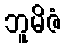
ဘူမိဇံ